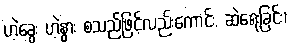
ဟဲ့ခွေး ဟဲ့နွား စသည်ဖြင့်လည်းကောင်း, ဆဲရေးခြင်း၊